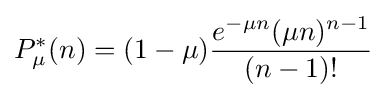
P_{\mu }^{*}(n)=(1-\mu ){\frac {e^{-\mu n}(\mu n)^{n-1}}{(n-1)!}}